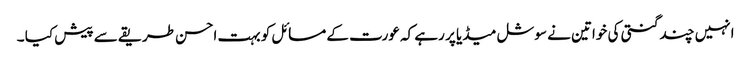
انہیں چند گنتی کی خواتین نے سوشل میڈیا پر رہے کہ عورت کے مسائل کو بہت احسن طریقے سے پیش کیا ۔